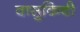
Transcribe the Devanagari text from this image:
वासुकिची